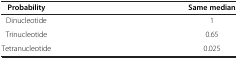
<table><thead><tr><td><b>Probability</b></td><td><b>Same median</b></td></tr></thead><tbody><tr><td>Dinucleotide</td><td>1</td></tr><tr><td>Trinucleotide</td><td>0.65</td></tr><tr><td>Tetranucleotide</td><td>0.025</td></tr></tbody></table>